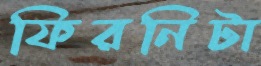
ফিরনিটা